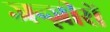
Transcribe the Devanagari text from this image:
जन्ज़ीरों